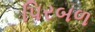
પિરબળ